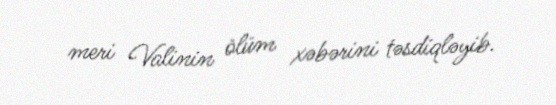
meri Valinin ölüm xəbərini təsdiqləyib.